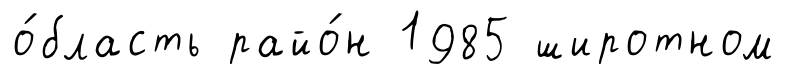
о́бласть райо́н 1985 широтном